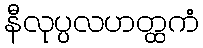
နီလုပ္ပလဟတ္ထကံ